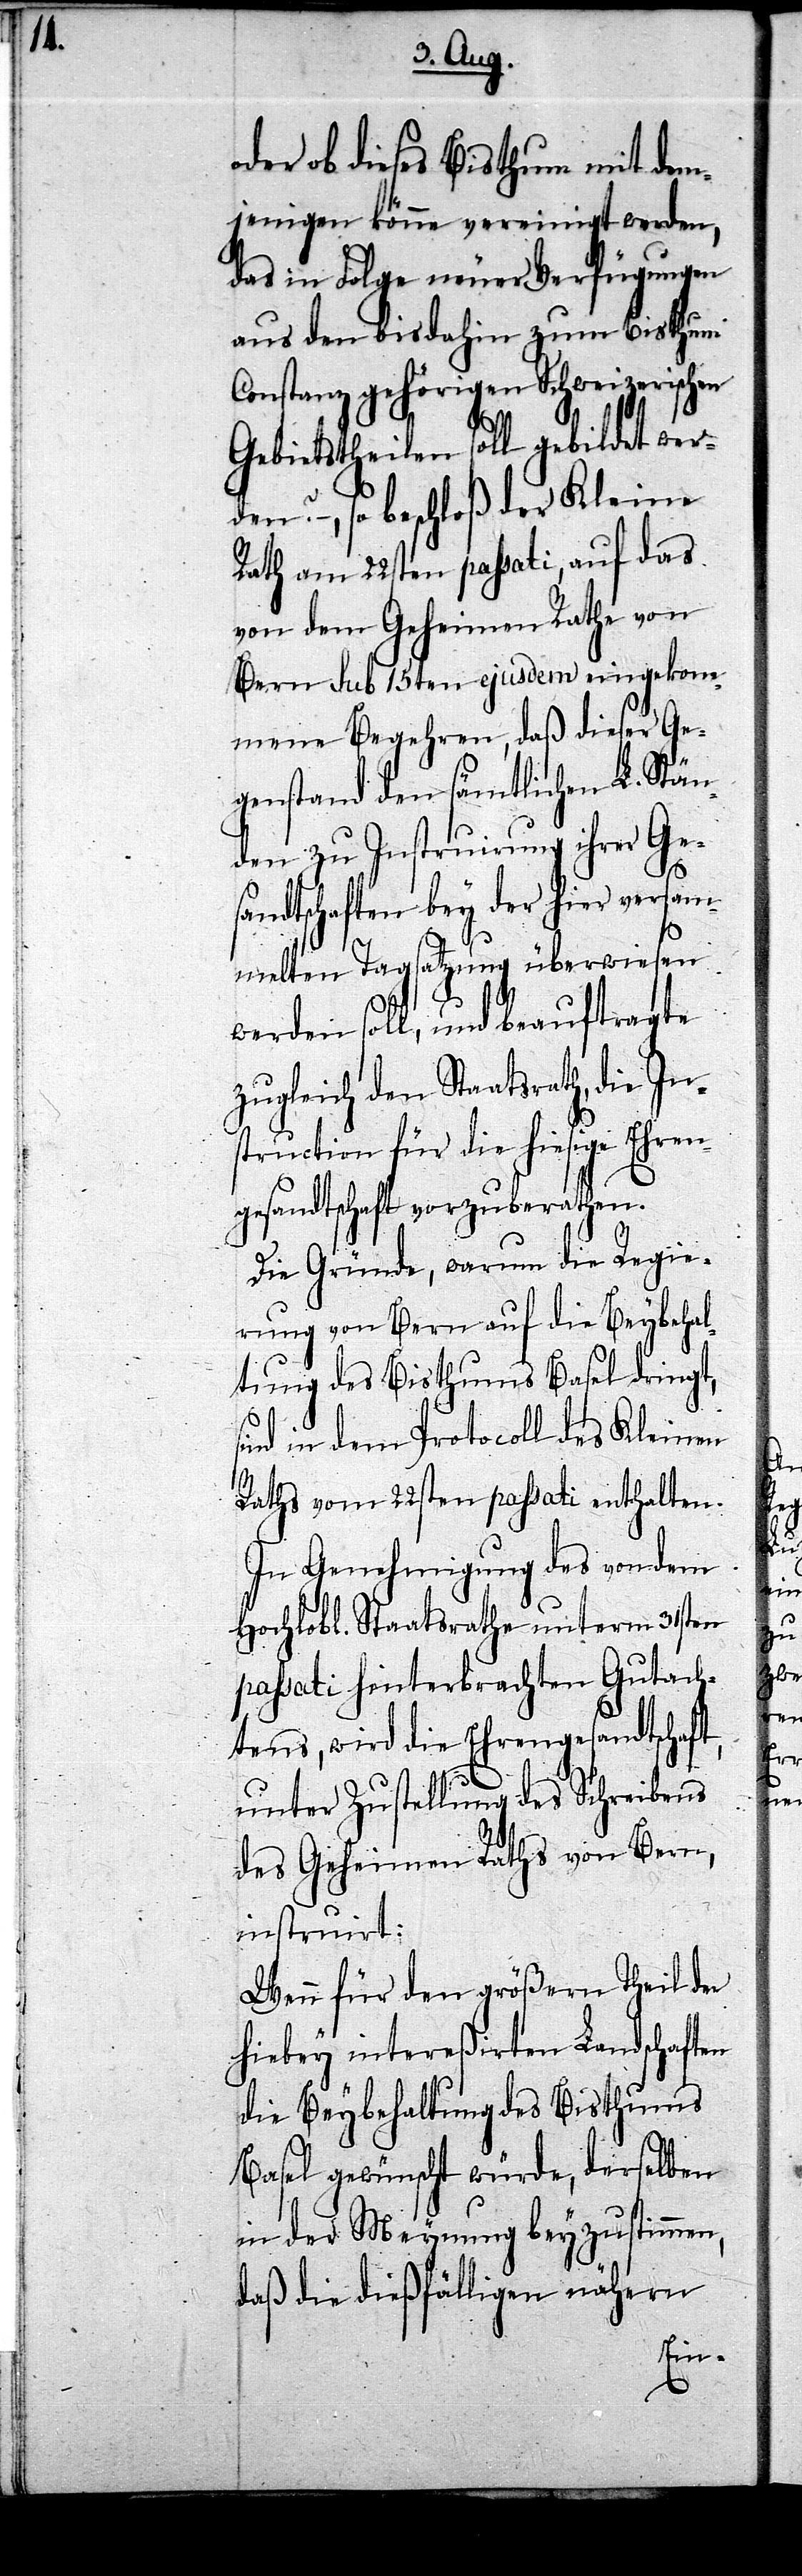
oder ob dieses Bisthum mit dem¬
jenigen könne vereinigt werden,
das in Folge neuer Verfügungen
aus den bis dahin zum Bisthum
Constanz gehörigen Schweizerischen
Gebietstheilen soll gebildet wer¬
den? – , so beschloß der Kleine
Rath am 22sten passati, auf das
von dem Geheimen Rathe von
Bern sub 15ten ejusdem eingekom¬
mene Begehren, daß dieser Ge¬
genstand den sämtlichen L. Stän¬
den zu Instruirung ihrer Ge¬
sandtschaften bey der hier versam¬
melten Tagsatzung überwiesen
werden soll, und beauftragte
zugleich den Staatsrath, die In¬
struction für die hiesige Ehren¬
gesandtschaft vorzuberathen.
Die Gründe, warum die Regie¬
rung von Bern auf die Beybehal¬
tung des Bisthums Basel dringt,
d in dem Protocoll des Kleinen
Raths vom 22sten passati enthalten.
In Genehmigung des von dem
Hochlobl. Staatsrathe unterm 31sten
passati hinterbrachten Gutach¬
tens, wird die Ehrengesandtschaft,
unter Zustellung des Schreibens
des Geheimen Raths von Bern,
instruirt:
Wenn für den größern Theil der
hiebey intereßirten Landschaften
die Beybehaltung des Bisthums
Basel gewünscht würde, derselben
in der Meynung beyzustimmen,
daß die dießfälligen nähern
Ein-